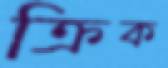
ক্রিক